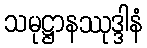
သမုဋ္ဌာနဿုဒ္ဒါနံ